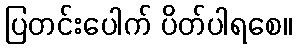
ပြတင်းပေါက် ပိတ်ပါရစေ။